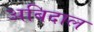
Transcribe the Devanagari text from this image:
अबिदाल